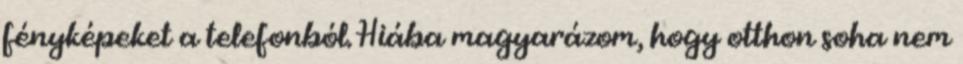
fényképeket a telefonból. Hiába magyarázom, hogy otthon soha nem